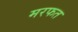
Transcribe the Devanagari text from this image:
मरफत